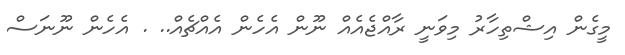
މީގެން އިޝްތިހާރު މިވަނީ ރާއްޖެއެއް ނޫން އެހެން އެއްޗެއް.. . އެހެން ނޫނަސް